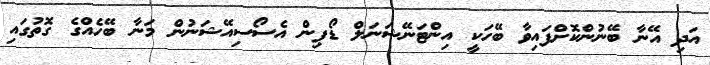
އަދި އޭނާ ބޭނުންކޮށްފައިވާ ބޭހަކީ އިންޓަނޭޝަނަލް ޑޯޕިން އެސޯސިއޭޝަނުން މަނާ ބޭހެއްގެ ގޮތުގައި